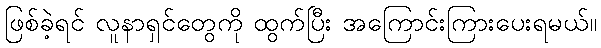
ဖြစ်ခဲ့ရင် လူနာရှင်တွေကို ထွက်ပြီး အကြောင်းကြားပေးရမယ်။